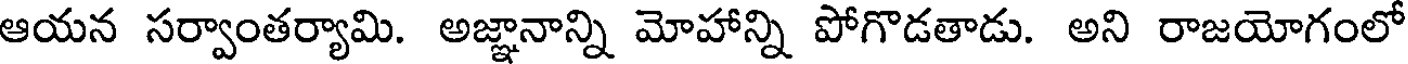
ఆయన సర్వాంతర్యామి. అజ్ఞానాన్ని మోహాన్ని పోగొడతాడు. అని రాజయోగంలో